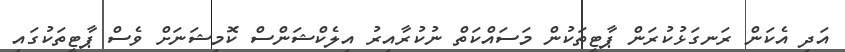
އަދި އެކަން ރަނގަޅުކުރަން ޕާޓީތަކުން މަސައްކަތް ނުކުރާއިރު އިލެކްޝަންސް ކޮމިޝަނަށް ވެސް ޕާޓީތަކުގައި